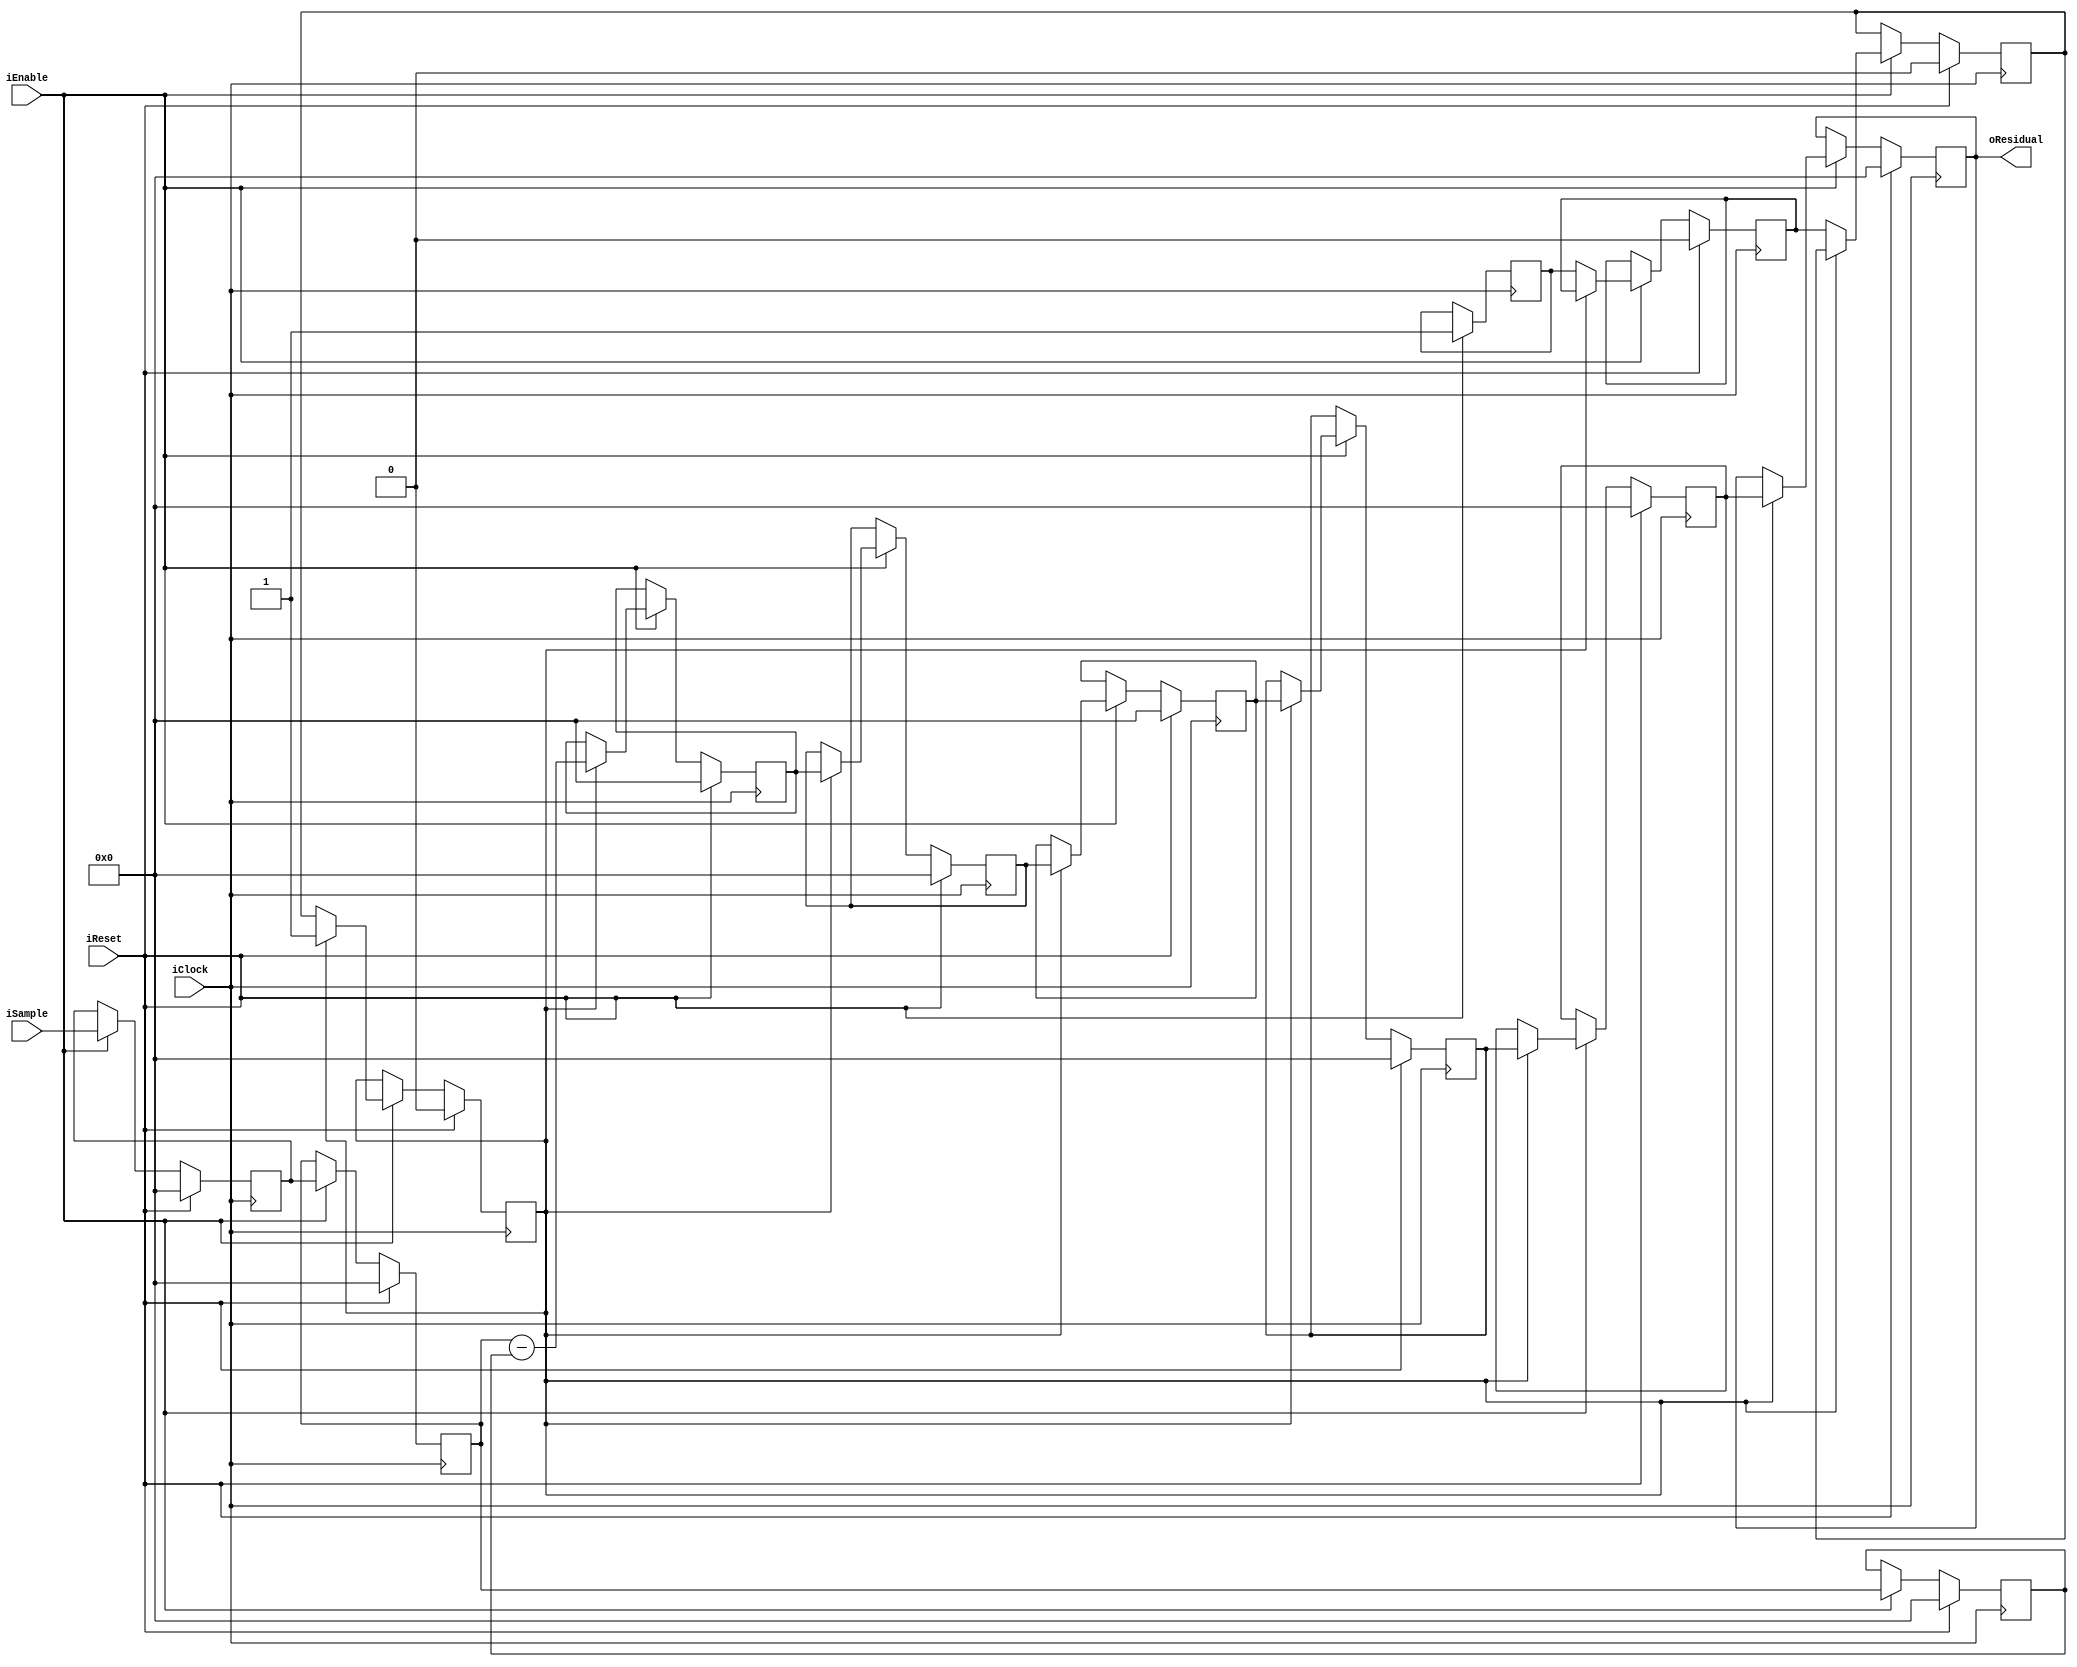
module FixedEncoderOrder1 (input wire iClock, 
                           input wire iEnable,
                           input wire iReset,
                           input wire signed [15:0] iSample,
                           output wire signed [15:0] oResidual);
/* 
 * Latency is 8 cycles after enable signal
 */
 
reg signed [15:0] dataq [0:1];
reg signed [15:0] sample_r;
reg signed [15:0] residual, residual_d1, residual_d2, residual_d3, residual_d4, residual_d5;

reg warmup;
reg warmup_d1, warmup_d2, warmup_d3;

integer i;

assign oResidual = residual_d5;

always @(posedge iClock)
begin
    if (iReset) begin
        sample_r <= 16'b0;
        
        warmup <= 1;
        warmup_d1 <= 0;
        warmup_d2 <= 0;
        warmup_d3 <= 0;
        
        for (i = 0; i <= 1; i = i + 1) begin
            dataq[i] <= 16'b0;
        end
        
        residual <= 16'b0;
        residual_d1 <= 16'b0;
        residual_d2 <= 16'b0;
        residual_d3 <= 16'b0;
        residual_d4 <= 16'b0;
        residual_d5 <= 16'b0;
        
    end else if (iEnable) begin
        // Register the input
        sample_r <= iSample;
        
        // Shift the data queue down
        for (i = 1; i <= 1; i = i + 1) begin
            dataq[i] <= dataq[i - 1];
        end
        
        // Feed the queue
        dataq[0] <= sample_r;
        
        // Fill the queue and then wait 1 cycle to sample the latest data point
        if (!warmup_d3) begin
            warmup_d1 <= warmup;
            warmup_d2 <= warmup_d1;
            warmup_d3 <= warmup_d2;
        end else begin
            
            residual <= dataq[0] - dataq[1];
            
            // Delay so it is the same latency as order 4
            residual_d1 <= residual;
            residual_d2 <= residual_d1;
            residual_d3 <= residual_d2;
            residual_d4 <= residual_d3;
            residual_d5 <= residual_d4;
        end
    end
end
endmodule